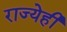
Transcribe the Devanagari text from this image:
राज्येही